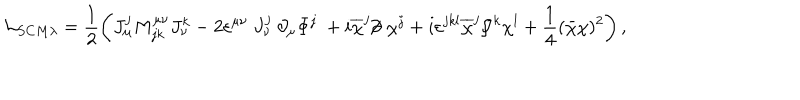
LaTeX: { \cal L } _ { S C M \lambda } = \frac 1 2 \left( J _ { \mu } ^ { j } M _ { j k } ^ { \mu \nu } J _ { \nu } ^ { k } - 2 \varepsilon ^ { \mu \nu } ~ J _ { \nu } ^ { j } ~ \partial _ { \mu } \Phi ^ { j } ~ + i \overline { { { \chi } } } ^ { j } / \kern - . 5 e m \partial ~ \chi ^ { j } + i \varepsilon ^ { j k l } \overline { { { \chi } } } ^ { j } / \kern - . 5 e m J ^ { k } \chi ^ { l } + \frac 1 4 ( \bar { \chi } \chi ) ^ { 2 } \right) ,